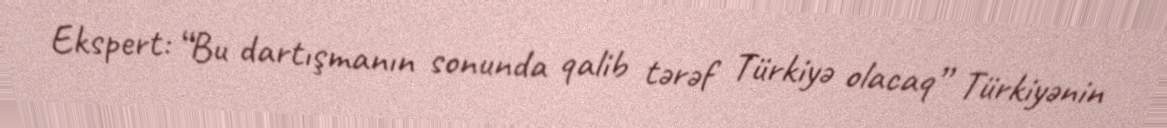
Ekspert: “Bu dartışmanın sonunda qalib tərəf Türkiyə olacaq” Türkiyənin